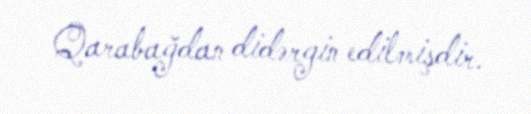
Qarabağdan didərgin edilmişdir.